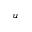
u